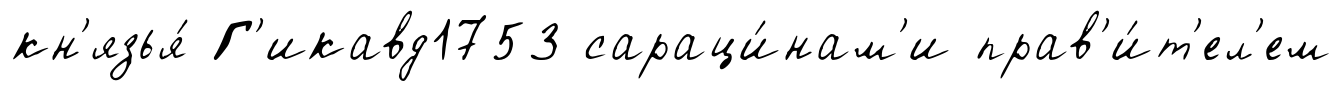
кн'язья́ Г'икавд1753 сараци́нам'и прав'и́т'ел'ем